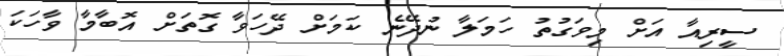
ސީރިއާ އަށް މިވަގުތު ހަމަލާ ނުދޭނެ ކަމަށް ދޭހަވާ ގޮތަށް އޮބާމާ ވާހަކަ